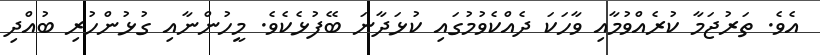
އެވެ. ތަރުޖަމާ ކުރެއްވުމާއި ވާހަކަ ދެއްކެވުމުގައި ކުޅަދާނަ ބޭފުޅެކެވެ. މީހުންނާއި ގުޅުންހުރި ބުއްދި